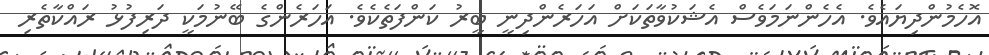
އޮހެމުންދިޔައެވެ. އެހެންނަމަވެސް އެޝަކުވާތަކަށް އަހަރެންދިނީ ބީރު ކަންފަތެކެވެ. އަހަރެންގެ ބޭނުމަކީ ދަރިފުޅު ރައްކާތެރި